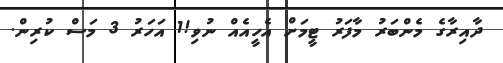
ދާއިރާގެ މެންބަރު މާފަރު ޓީމަށް އެހީއެއް ނުވި!1 އަހަރު 3 މަސް ކުރިން.